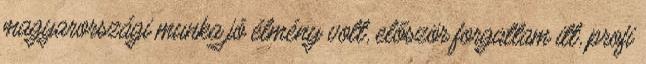
magyarországi munka jó élmény volt, először forgattam itt, profi